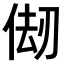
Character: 𠉨